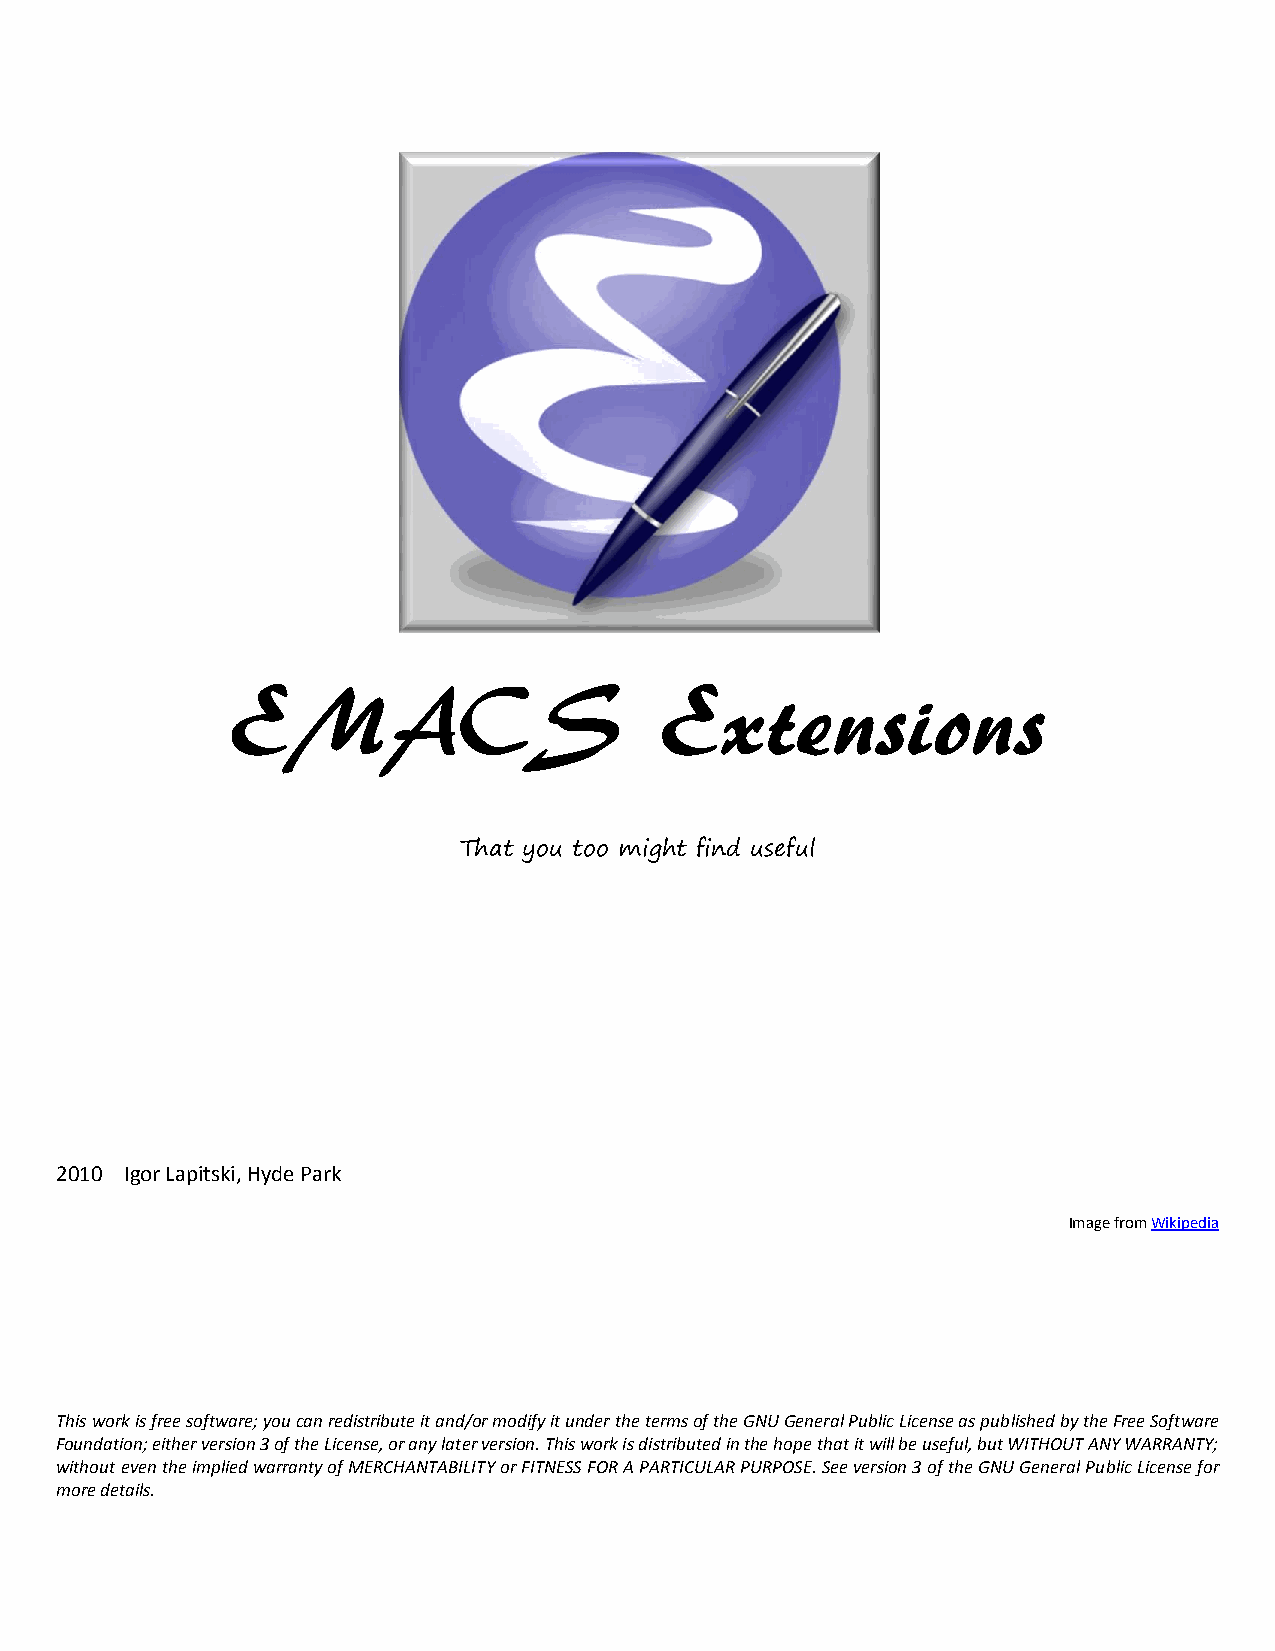
EMACS                        Extensions
 That you too might find useful
 2010 Igor Lapitski, Hyde Park
 Image from Wikipedia
 This work is free software; you can redistribute it and/or modify it under the terms of the GNU General Public License as published by the Free Software
 Foundation; either version 3 of the License, or any later version. This work is distributed in the hope that it will be useful, but WITHOUT ANY WARRANTY;
 without even the implied warranty of MERCHANTABILITY or FITNESS FOR A PARTICULAR PURPOSE. See version 3 of the GNU General Public License for
 more details.